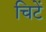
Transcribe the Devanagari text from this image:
चिटें